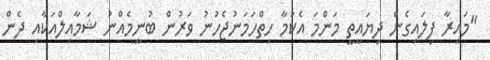
"މައިރާ ފިލައިގެން ދިޔައީތީ މަންމަ އެކަމާ ހިތްހަމަނުޖެހުނު ވަރުން ބުނީމެއްނު ޝަމާއިލްއަކާއި ދެން